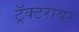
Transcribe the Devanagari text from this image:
ट्रॅक्टरावर